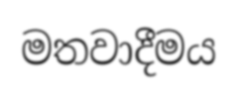
මතවාදීමය